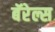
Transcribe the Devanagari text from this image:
बॅरेल्स